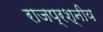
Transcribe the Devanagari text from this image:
राजप्रश्नीय